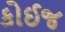
કોઈજ